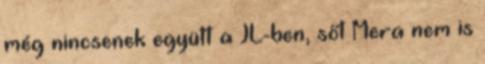
még nincsenek együtt a JL-ben, sőt Mera nem is